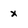
Character: x